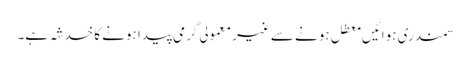
سمندری ہوائیں معطل ہونے سے غیر معمولی گرمی پیدا ہونے کا خدشہ ہے۔